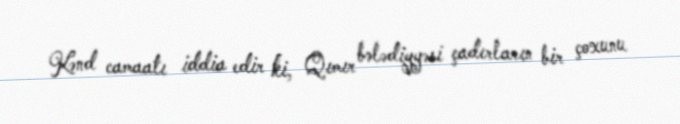
Kənd camaatı iddia edir ki, Qımır bələdiyyəsi çadırların bir çoxunu